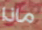
ماذا